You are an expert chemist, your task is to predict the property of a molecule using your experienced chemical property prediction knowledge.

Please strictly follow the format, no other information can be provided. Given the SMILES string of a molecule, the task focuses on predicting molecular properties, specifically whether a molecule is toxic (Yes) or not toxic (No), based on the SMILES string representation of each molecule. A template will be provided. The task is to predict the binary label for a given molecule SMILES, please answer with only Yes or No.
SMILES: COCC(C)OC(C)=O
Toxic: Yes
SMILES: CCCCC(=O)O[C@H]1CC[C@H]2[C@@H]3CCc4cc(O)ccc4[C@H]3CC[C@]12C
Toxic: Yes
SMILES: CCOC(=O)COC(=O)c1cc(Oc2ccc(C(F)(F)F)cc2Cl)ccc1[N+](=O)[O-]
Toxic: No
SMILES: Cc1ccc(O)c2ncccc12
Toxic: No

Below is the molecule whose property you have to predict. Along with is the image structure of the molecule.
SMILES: ON=CC=NO
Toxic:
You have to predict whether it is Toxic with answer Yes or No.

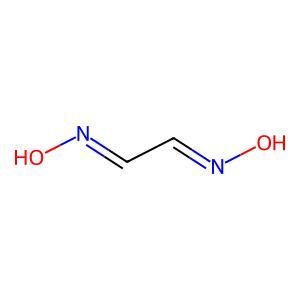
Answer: No